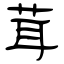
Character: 茸